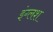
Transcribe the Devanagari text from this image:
इंग्लश